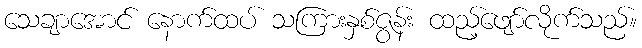
သေချာအောင် နောက်ထပ် သကြားနှစ်ဇွန်း ထည့်ဖျော်လိုက်သည်။